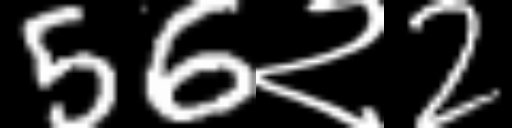
Text: 56२2